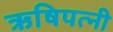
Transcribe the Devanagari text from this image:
ऋषिपत्नी